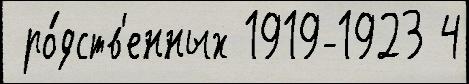
 ро́дств'енных 1919-1923 4